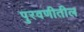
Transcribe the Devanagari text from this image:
पुरवणीतील